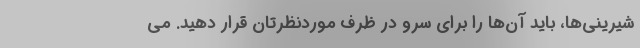
شیرینی‌ها، باید آن‌ها را برای سرو در ظرف موردنظرتان قرار دهید. می